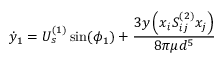
\dot { y } _ { 1 } = U _ { s } ^ { ( 1 ) } \sin ( \phi _ { 1 } ) + \frac { 3 y \left( x _ { i } S _ { i j } ^ { ( 2 ) } x _ { j } \right) } { 8 \pi \mu d ^ { 5 } }